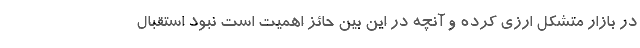
در بازار متشکل ارزی کرده و آنچه در این بین حائز اهمیت است نبود استقبال